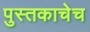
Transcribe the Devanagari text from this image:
पुस्तकाचेच